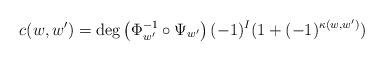
LaTeX: \begin{align*}c(w,w^{\prime })=\deg \left( \Phi _{w^{\prime }}^{-1}\circ \Psi _{w^{\prime}}\right) (-1)^{I}(1+(-1)^{\kappa(w,w')}) \end{align*}